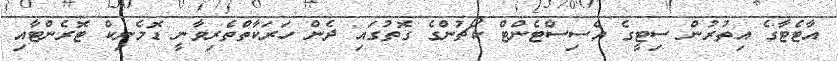
އާޓެޓާގެ އިތުރުން ސިޓީގެ އެސިސްޓެންޓް ކޯޗުންގެ ގޮތުގައި ދެން ހަރަކާތްތެރިވާނީ ޑޮމެނިކް ޓޮރެންޓާއި